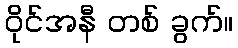
ဝိုင်အနီ တစ် ခွက်။